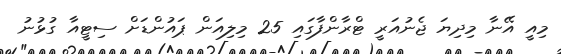
މިއީ އޭނާ މިދިޔަ ޖެނުއަރީ ޓްރާންފާގައި 25 މިލިއަން ޕައުންޑަށް ސިޓީއާ ގުޅުނު